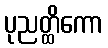
ပုညတ္ထိကော